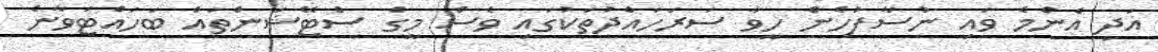
އަދި އެންމެ ވައި ނުސާފުހެން ހީވާ ސަރަހައްދުތަކުގައި ވެސް މީގެ ސްޓޭޝަންތައް ބަހައްޓަވާނެ